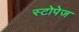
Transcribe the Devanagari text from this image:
स्टोपेज